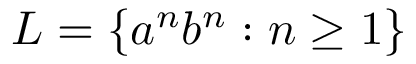
L = \{ a ^ { n } b ^ { n } : n \geq 1 \}